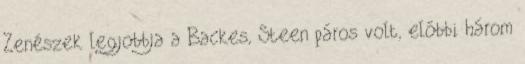
Zenészek legjobbja a Backes, Steen páros volt, előbbi három